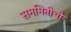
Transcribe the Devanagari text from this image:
सममितीची